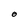
Character: O